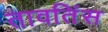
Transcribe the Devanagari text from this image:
तावतिंस